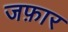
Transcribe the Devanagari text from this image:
जफ़ार